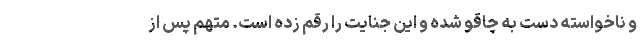
و ناخواسته دست به چاقو شده و این جنایت را رقم زده است. متهم پس از